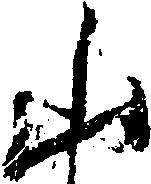
山